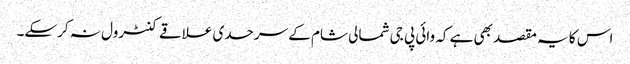
اس کا یہ مقصد بھی ہے کہ وائی پی جی شمالی شام کے سرحدی علاقے کنٹرول نہ کرسکے۔